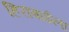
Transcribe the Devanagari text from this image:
हिराबाईला